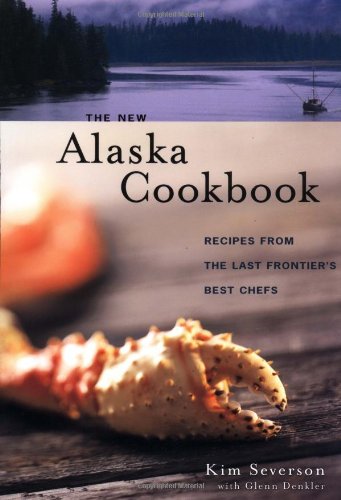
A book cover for The New Alaska Cookbook: Recipes from the Last Frontier's Best Chefs; Kim Severson; Cookbooks, Food & Wine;